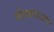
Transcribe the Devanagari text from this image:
गोल्डनाआय